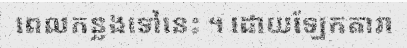
ពេលកន្លងទៅនេះ ។ ដោយឡែកតារា